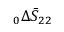
\phantom { } _ { 0 } \Delta \bar { S } _ { 2 2 }